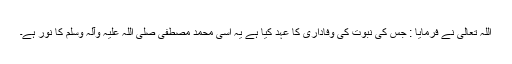
اللہ تعالیٰ نے فرمایا : جس کی نبوت کی وفاداری کا عہد کیا ہے یہ اُسی محمدِ مصطفیٰ صلی اللہ علیہ وآلہ وسلم کا نور ہے۔